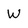
Character: W